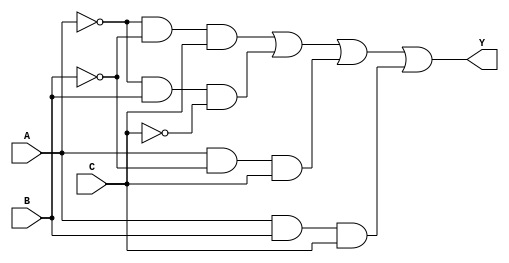
module combinational_logic (
    input wire A,  // Input A
    input wire B,  // Input B
    input wire C,  // Input C
    output wire Y   // Output Y
);

// Example of essential prime implicants
// Let's say the essential prime implicants represent the function that covers minterms 1, 2, 5, 6 (i.e., f(A,B,C) = (1, 2, 5, 6)).
// The minterms can be expressed as:
//  - Minterm 1: A'B'C
//  - Minterm 2: A'BC'
//  - Minterm 5: AB'C
//  - Minterm 6: ABC'

// Implementing the expression using AND and OR gates
wire term1;  // A'B'C
wire term2;  // A'BC'
wire term3;  // AB'C
wire term4;  // ABC

// Term 1: A'B'C
assign term1 = ~A & ~B & C;

// Term 2: A'BC'
assign term2 = ~A & B & ~C;

// Term 3: AB'C
assign term3 = A & ~B & C;

// Term 4: ABC
assign term4 = A & B & C;

// Final output Y is the OR of all the terms
assign Y = term1 | term2 | term3 | term4;

endmodule